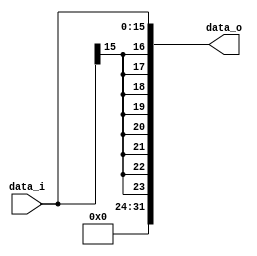
module Sign_Extend(
	data_i,
	data_o
);

input[15:0] data_i;
output reg [31:0] data_o;

always@(data_i) begin
	data_o[31:16] = {8{data_i[15]}};
	data_o[15:0] = data_i[15:0];
end

endmodule